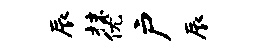
辰抹优户辰